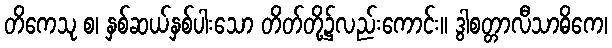
တိကေသု စ၊ နှစ်ဆယ်နှစ်ပါးသော တိတ်တို့၌လည်းကောင်း။ ဒွါစတ္တာလီသာဓိကေ၊